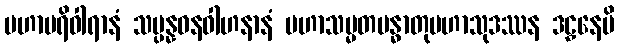
မဟာပရိဝါရာနံ သမ္ပန္နဓနဝါဟနာနံ မဟာသမ္မတမန္ဓာတုမဟာသုဒဿန ဒဠှနေမိ